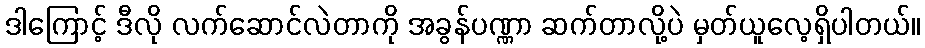
ဒါကြောင့် ဒီလို လက်ဆောင်လဲတာကို အခွန်ပဏ္ဏာ ဆက်တာလို့ပဲ မှတ်ယူလေ့ရှိပါတယ်။